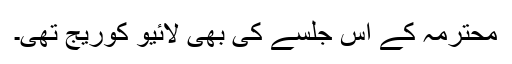
محترمہ کے اس جلسے کی بھی لائیو کوریج تھی۔